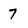
Character: 7